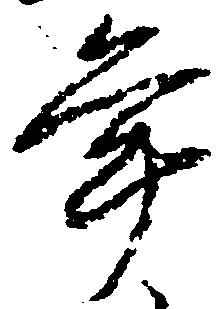
年